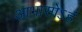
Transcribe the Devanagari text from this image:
आभासोऽहं